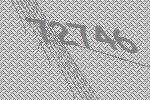
72746